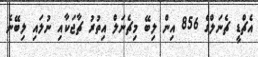
އެޗްޑީ ޗެނަލްގެ 856 އިން ލިބޭ މިޗެނަލް އިތުރު ޗާޖަކާއި ނުލައި ލިބޭނެ